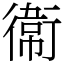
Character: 𫟘